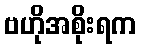
ဗဟိုအစိုးရက